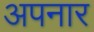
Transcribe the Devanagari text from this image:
अपनार